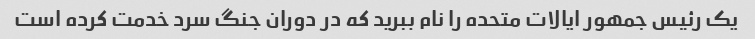
یک رئیس جمهور ایالات متحده را نام ببرید که در دوران جنگ سرد خدمت کرده است